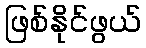
ဖြစ်နိုင်ဖွယ်